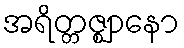
အရိတ္တဇ္ဈာနော